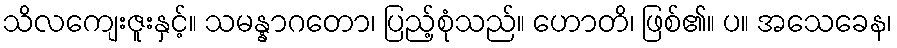
သိလကျေးဇူးနှင့်။ သမန္နာဂတော၊ ပြည့်စုံသည်။ ဟောတိ၊ ဖြစ်၏။ ပ။ အသေခေန၊